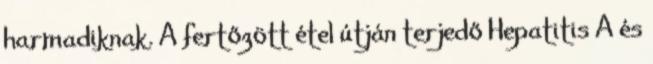
harmadiknak. A fertőzött étel útján terjedő Hepatitis A és